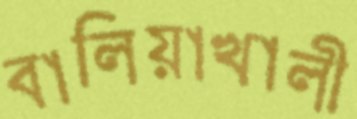
বালিয়াখালী